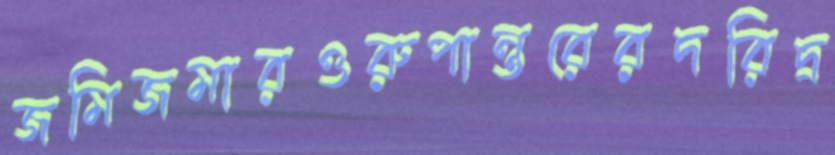
জমিজমারওরুপান্তরেরদরিদ্র